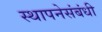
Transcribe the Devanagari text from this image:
स्थापनेसंबंधी